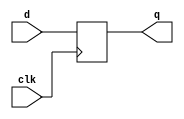
module d_ff( input clk,d,
             output reg q
    );
    always@(posedge clk)
    q<=d;
endmodule